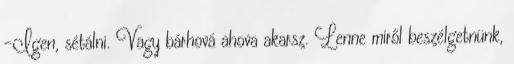
-Igen, sétálni. Vagy bárhová ahova akarsz. Lenne miről beszélgetnünk,